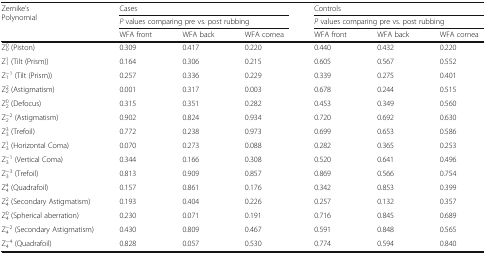
<table><thead><tr><td rowspan="3"><b>Zernike’sPolynomial</b></td><td colspan="3"><b>Cases</b></td><td colspan="3"><b>Controls</b></td></tr><tr><td colspan="3"><b><i>P</i> values comparing pre vs. post rubbing</b></td><td colspan="3"><b><i>P</i> values comparing pre vs. post rubbing</b></td></tr><tr><td><b>WFA front</b></td><td><b>WFA back</b></td><td><b>WFA cornea</b></td><td><b>WFA front</b></td><td><b>WFA back</b></td><td><b>WFA cornea</b></td></tr></thead><tbody><tr><td>Z<sup>0</sup><sub>0</sub> (Piston)</td><td>0.309</td><td>0.417</td><td>0.220</td><td>0.440</td><td>0.432</td><td>0.220</td></tr><tr><td>Z<sup>1</sup><sub>1</sub> (Tilt (Prism))</td><td>0.164</td><td>0.306</td><td>0.215</td><td>0.605</td><td>0.567</td><td>0.552</td></tr><tr><td>Z<sup>−1</sup><sub>1</sub> (Tilt (Prism))</td><td>0.257</td><td>0.336</td><td>0.229</td><td>0.339</td><td>0.275</td><td>0.401</td></tr><tr><td>Z<sup>2</sup><sub>2</sub> (Astigmatism)</td><td>0.001</td><td>0.317</td><td>0.003</td><td>0.678</td><td>0.244</td><td>0.515</td></tr><tr><td>Z<sup>0</sup><sub>2</sub> (Defocus)</td><td>0.315</td><td>0.351</td><td>0.282</td><td>0.453</td><td>0.349</td><td>0.560</td></tr><tr><td>Z<sup>−2</sup><sub>2</sub> (Astigmatism)</td><td>0.902</td><td>0.824</td><td>0.934</td><td>0.720</td><td>0.692</td><td>0.630</td></tr><tr><td>Z<sup>3</sup><sub>3</sub> (Trefoil)</td><td>0.772</td><td>0.238</td><td>0.973</td><td>0.699</td><td>0.653</td><td>0.586</td></tr><tr><td>Z<sup>1</sup><sub>3</sub> (Horizontal Coma)</td><td>0.070</td><td>0.273</td><td>0.088</td><td>0.282</td><td>0.365</td><td>0.253</td></tr><tr><td>Z<sup>−1</sup><sub>3</sub> (Vertical Coma)</td><td>0.344</td><td>0.166</td><td>0.308</td><td>0.520</td><td>0.641</td><td>0.496</td></tr><tr><td>Z<sup>−3</sup><sub>3</sub> (Trefoil)</td><td>0.813</td><td>0.909</td><td>0.857</td><td>0.869</td><td>0.566</td><td>0.754</td></tr><tr><td>Z<sup>4</sup><sub>4</sub> (Quadrafoil)</td><td>0.157</td><td>0.861</td><td>0.176</td><td>0.342</td><td>0.853</td><td>0.399</td></tr><tr><td>Z<sup>2</sup><sub>4</sub> (Secondary Astigmatism)</td><td>0.193</td><td>0.404</td><td>0.226</td><td>0.257</td><td>0.132</td><td>0.357</td></tr><tr><td>Z<sup>0</sup><sub>4</sub> (Spherical aberration)</td><td>0.230</td><td>0.071</td><td>0.191</td><td>0.716</td><td>0.845</td><td>0.689</td></tr><tr><td>Z<sup>−2</sup><sub>4</sub> (Secondary Astigmatism)</td><td>0.430</td><td>0.809</td><td>0.467</td><td>0.591</td><td>0.848</td><td>0.565</td></tr><tr><td>Z<sup>−4</sup><sub>4</sub> (Quadrafoil)</td><td>0.828</td><td>0.057</td><td>0.530</td><td>0.774</td><td>0.594</td><td>0.840</td></tr></tbody></table>